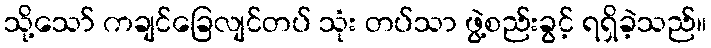
သို့သော် ကချင်ခြေလျင်တပ် သုံး တပ်သာ ဖွဲ့စည်းခွင့် ရရှိခဲ့သည်။